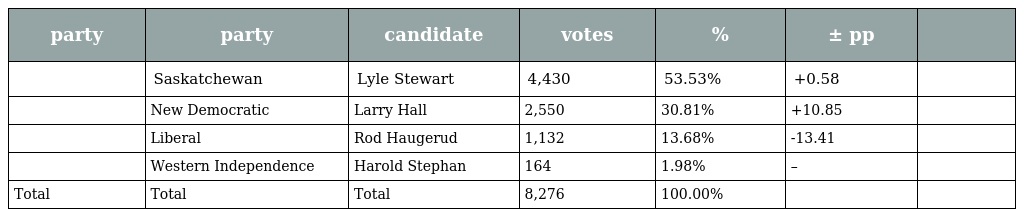
| party | party | candidate | votes | % | ± pp |  |
 | --- | --- | --- | --- | --- | --- | --- |
 |  | Saskatchewan | Lyle Stewart | 4,430 | 53.53% | +0.58 |  |
 |  | New Democratic | Larry Hall | 2,550 | 30.81% | +10.85 |  |
 |  | Liberal | Rod Haugerud | 1,132 | 13.68% | -13.41 |  |
 |  | Western Independence | Harold Stephan | 164 | 1.98% | – |  |
 | Total | Total | Total | 8,276 | 100.00% |  |  |